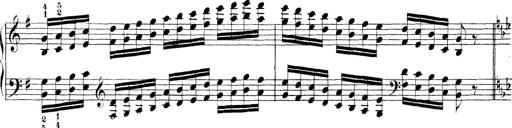
Title: Technische Studien
Composer: Franz Liszt